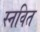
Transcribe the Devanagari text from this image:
स्नवित